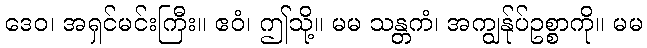
ဒေဝ၊ အရှင်မင်းကြီး။ ဧဝံ၊ ဤသို့။ မမ သန္တကံ၊ အကျွန်ုပ်ဥစ္စာကို။ မမ